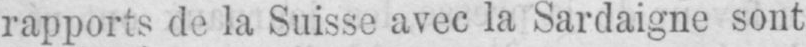
rapports de la Suisse avec la Sardaigne sont